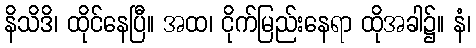
နိသိဒိ၊ ထိုင်နေပြီ။ အထ၊ ငိုက်မြည်းနေရာ ထိုအခါ၌။ နံ၊